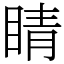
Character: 睛